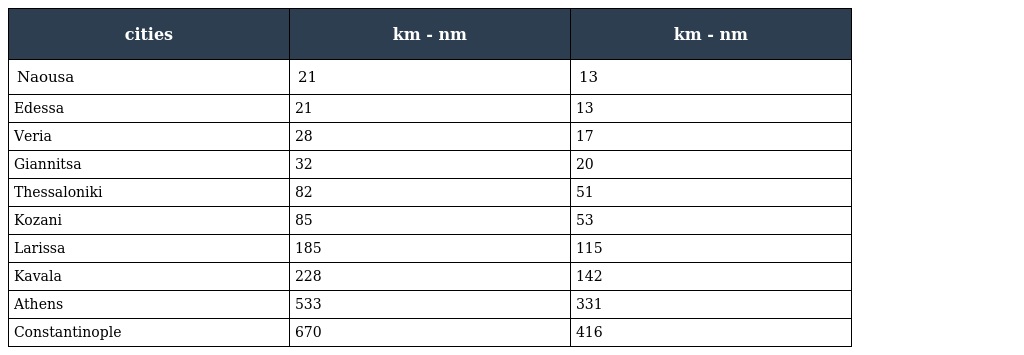
| cities | km - nm | km - nm |
 | --- | --- | --- |
 | Naousa | 21 | 13 |
 | Edessa | 21 | 13 |
 | Veria | 28 | 17 |
 | Giannitsa | 32 | 20 |
 | Thessaloniki | 82 | 51 |
 | Kozani | 85 | 53 |
 | Larissa | 185 | 115 |
 | Kavala | 228 | 142 |
 | Athens | 533 | 331 |
 | Constantinople | 670 | 416 |